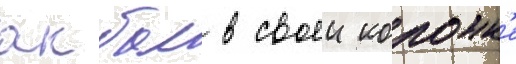
акбал в своеи колонк'е